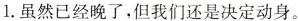
1.虽然已经晚了,但我们还是决定动身.